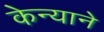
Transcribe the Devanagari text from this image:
केन्याने